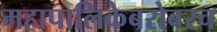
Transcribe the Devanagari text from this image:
महापालिकेबरोबरच